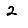
Digit: 2